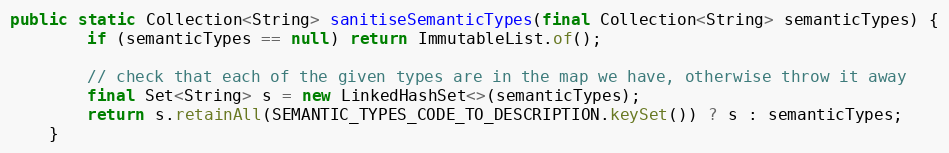
Language: Java
public static Collection<String> sanitiseSemanticTypes(final Collection<String> semanticTypes) {
        if (semanticTypes == null) return ImmutableList.of();

        // check that each of the given types are in the map we have, otherwise throw it away
        final Set<String> s = new LinkedHashSet<>(semanticTypes);
        return s.retainAll(SEMANTIC_TYPES_CODE_TO_DESCRIPTION.keySet()) ? s : semanticTypes;
    }